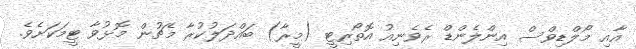
އާއި މޯލްޑިވްސް އިންލެންޑް ރެވެނިއު އޮތޯރިޓީ (މީރާ) ބައްދަލުކުރާ މެޗުން މޮޅުވާ ޓީމަކަށެވެ.